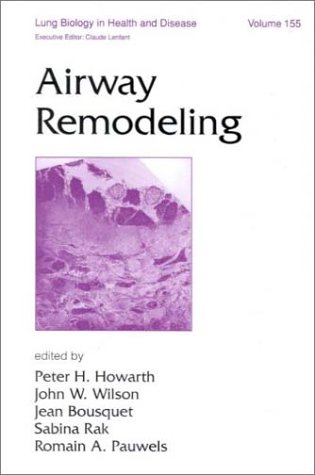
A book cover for Airway Remodeling (Lung Biology in Health and Disease); Health, Fitness & Dieting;